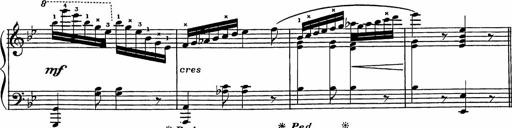
Title: Song of the River
Composer: Frederick Henry Pease